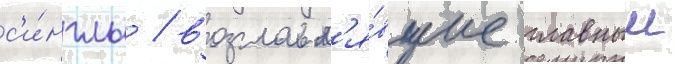
с'и́нглы / возглавл'я́вшие главныи